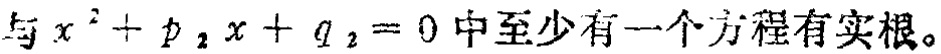
与\(x^{2}+p_{2}x + q_{2}=0\)中至少有一个方程有实根。